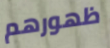
ظهورهم